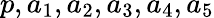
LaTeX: p,a_{1},a_{2},a_{3},a_{4},a_{5}